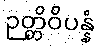
ဉတ္တိဝိပန္နံ